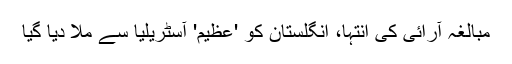
مبالغہ آرائی کی انتہا، انگلستان کو 'عظیم' آسٹریلیا سے ملا دیا گیا